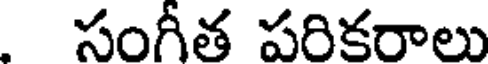
సంగీత పరికరాలు